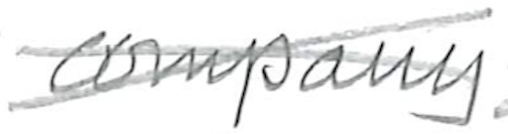
Text: company
Cross-out: cross
Writing tool: pencil